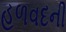
હળવદની